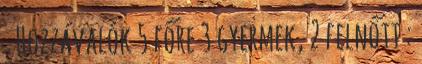
. Hozzávalók 5 főre 3 gyermek, 2 felnőtt :